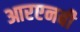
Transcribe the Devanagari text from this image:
आरएनबी